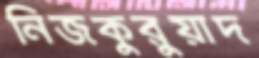
নিজকুরুয়াদ